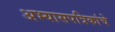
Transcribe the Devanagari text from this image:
अभ्यासपत्रिकांचे